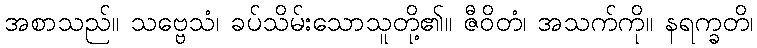
အစာသည်။ သဗ္ဗေသံ၊ ခပ်သိမ်းသောသူတို့၏။ ဇီဝိတံ၊ အသက်ကို။ နရက္ခတိ၊